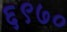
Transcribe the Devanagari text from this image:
६९७०